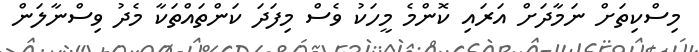
މިސްކިތަށް ނަމާދަށް އަރައި ކޮންމެ މީހަކު ވެސް މިފަދަ ކަންތައްތަކާ މެދު ވިސްނާލަން